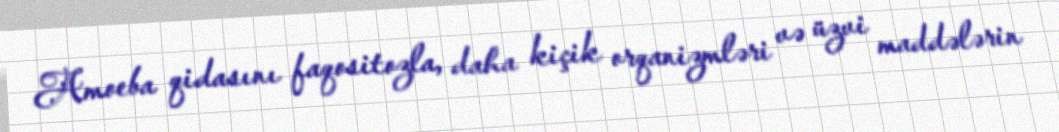
Amoeba qidasını faqositozla, daha kiçik orqanizmləri və üzvi maddələrin